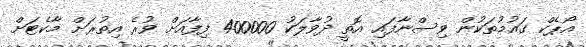
އޯޕެކް ގައުމުތަކުން ވިސްނާފައި އޮތީ ދުވާލަކު 400000 ފިފާއަށް ވުރެ އިތުރަށް މާކެޓަށް